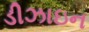
ડીઝાઇન